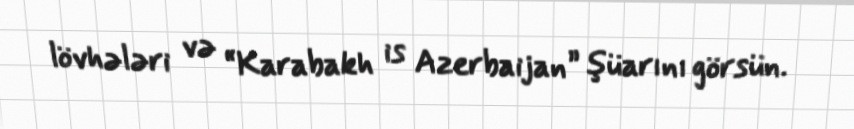
lövhələri və “Karabakh is Azerbaijan” şüarını görsün.